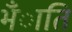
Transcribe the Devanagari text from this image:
भँाति